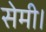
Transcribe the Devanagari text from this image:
सेमी।